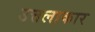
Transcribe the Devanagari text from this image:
उत्तलाकार